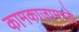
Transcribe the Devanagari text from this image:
कामकाजामध्ये